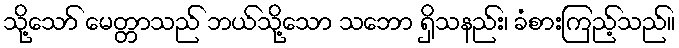
သို့သော် မေတ္တာသည် ဘယ်သို့သော သဘော ရှိသနည်း၊ ခံစားကြည့်သည်။